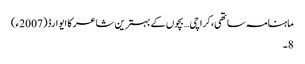
ماہنامہ ساتھی،کراچی… بچوں کے بہترین شاعر کا ایوارڈ(2007ء)
8۔